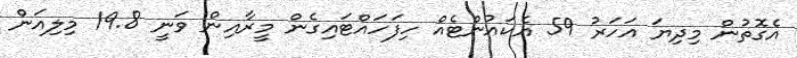
އެގޮތުން މިދިޔަ އަހަރު 59 އެކައުންޓެއް ހިފަހައްޓައިގެން މީރާއިން ވަނީ 19.8 މިލިއަން